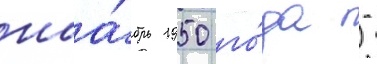
ноа́брь 1950 го́да -